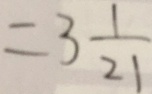
= 3 \frac { 1 } { 2 1 }